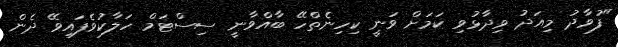
"ފުވާދު މިއަދު ވިދާޅުވި ކަމަށް ވަނީ ކިހިނެތްހޭ ބާއްވާނީ ސިސްޓަމް ހަލާކުވެފައިވޭ ދެން